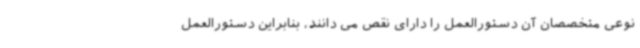
نوعی متخصصان آن دستورالعمل را دارای نقص می دانند، بنابراین دستورالعمل